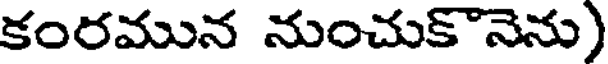
కంరమున నుంచుకొనెను)